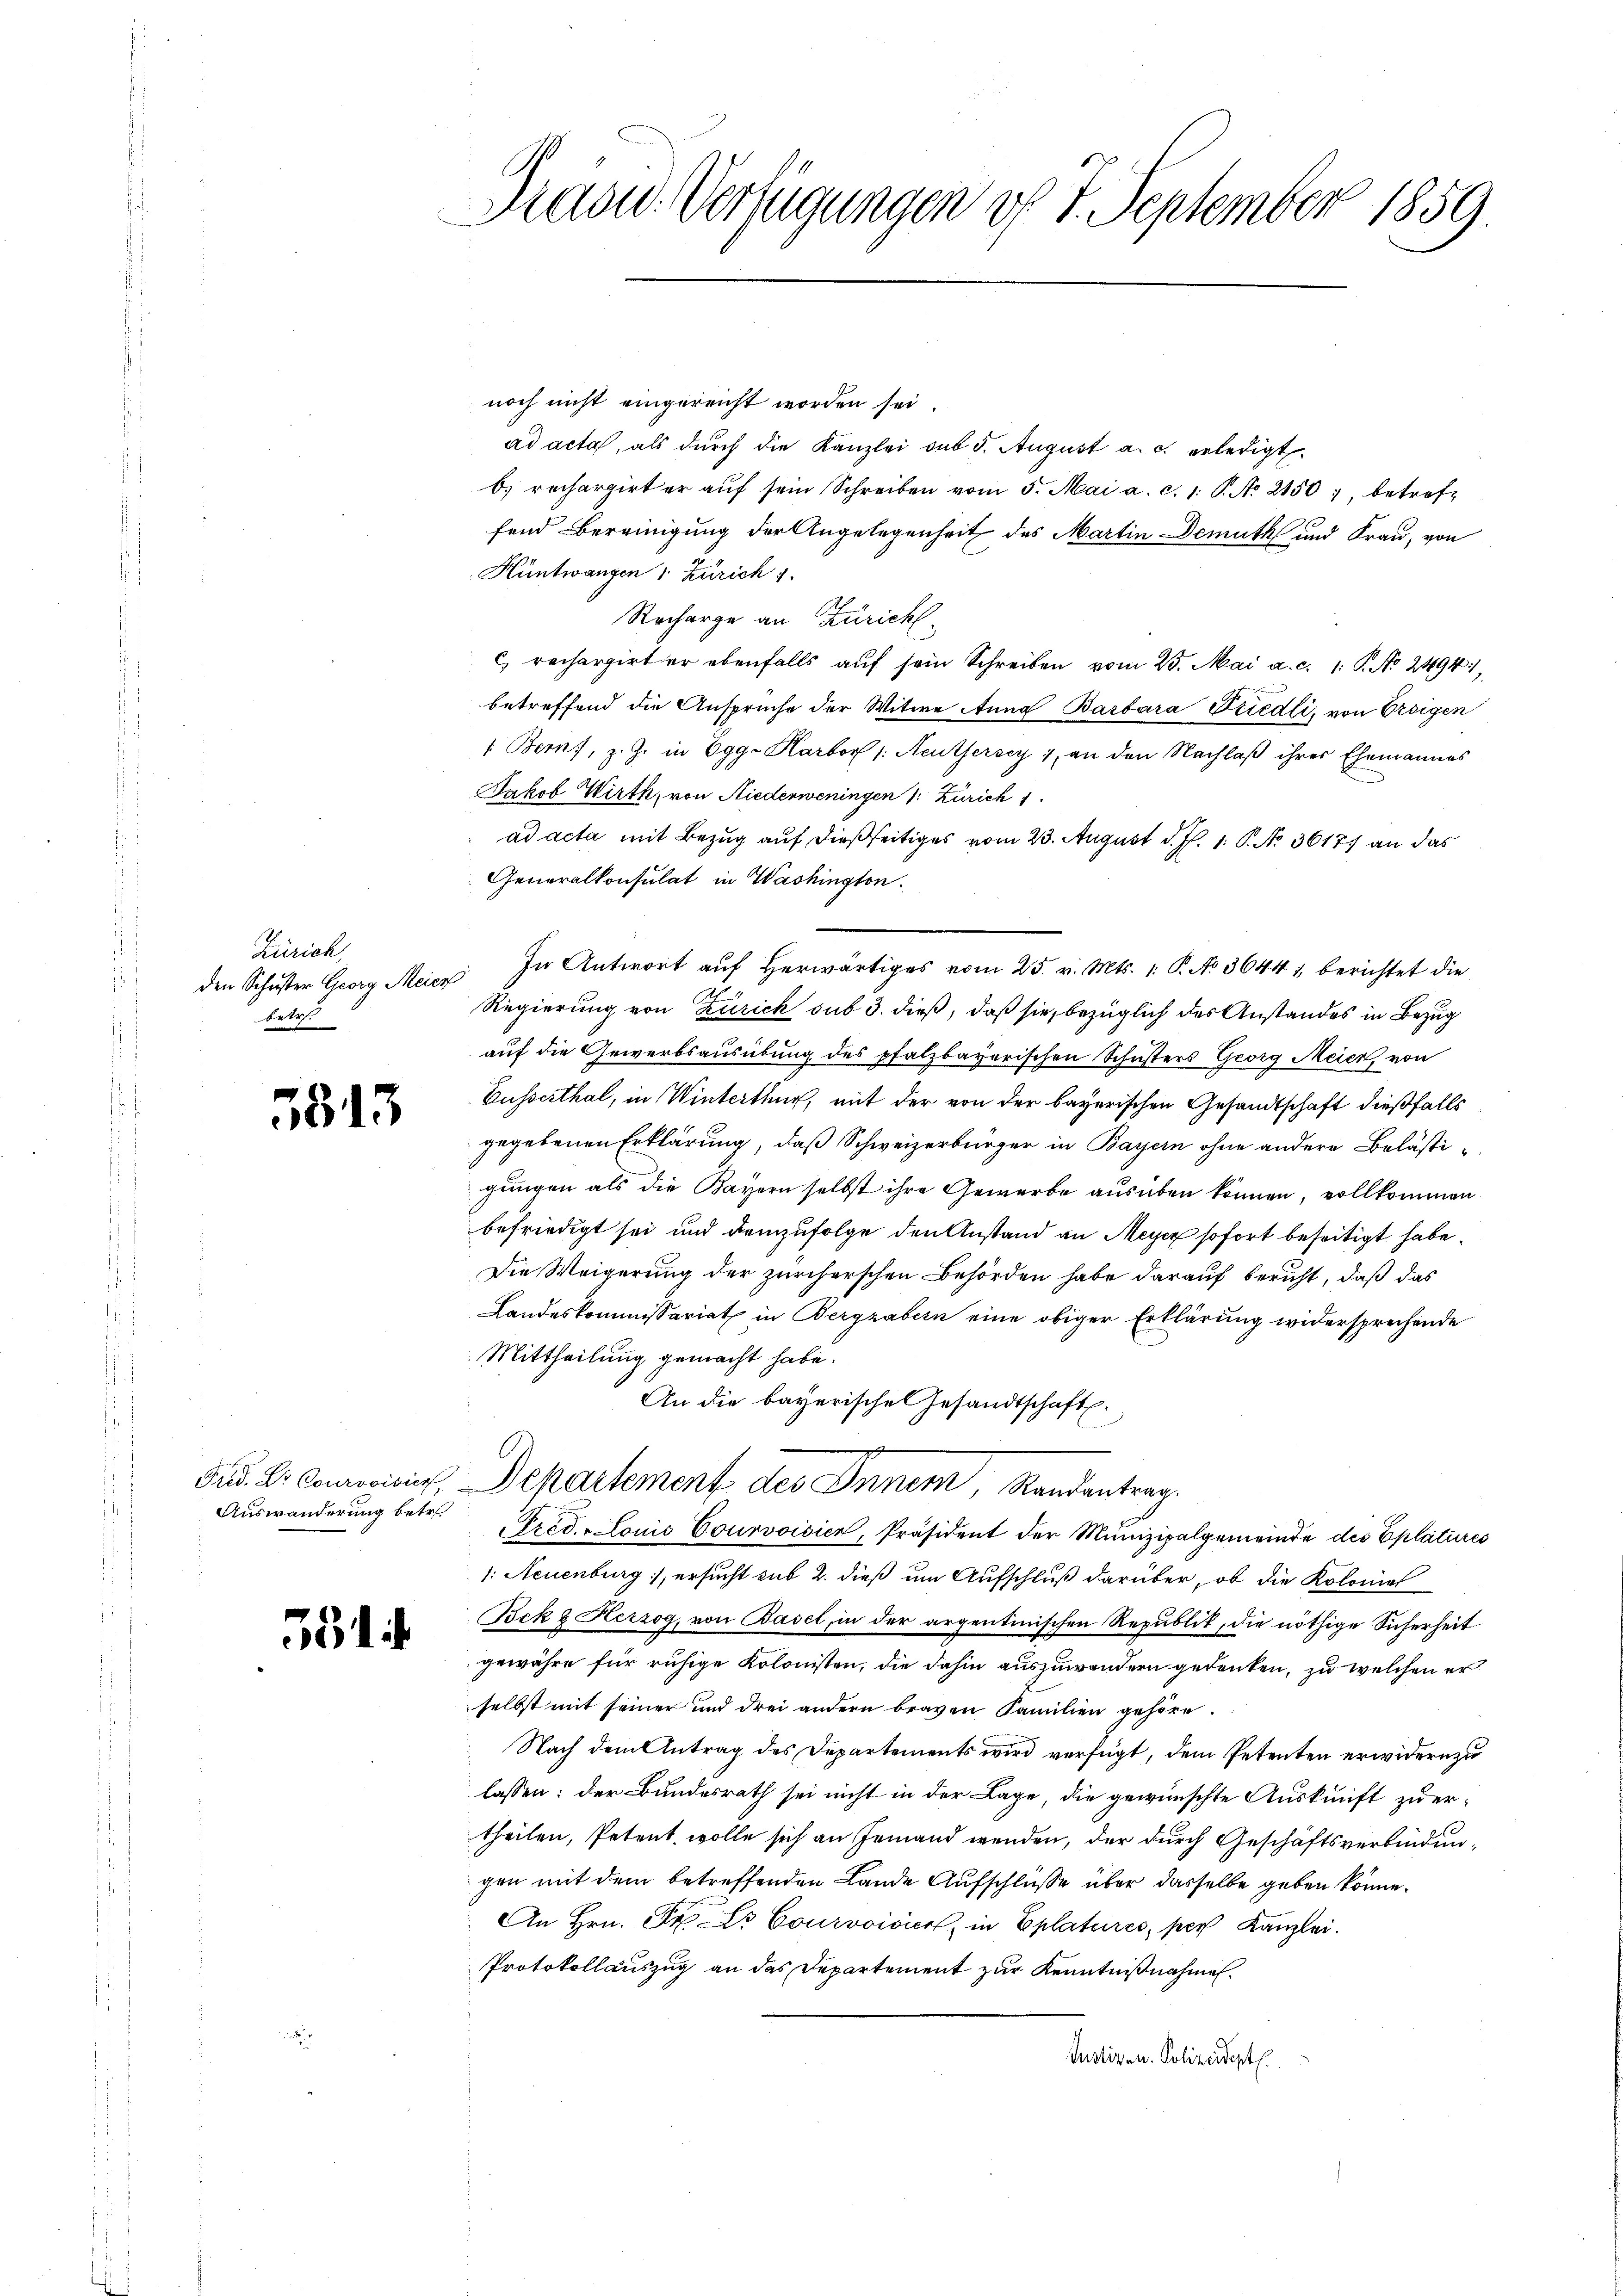
Zürich,
den Schuster Georg Meier
betr

3513

Auswanderung betr.

35

Brasid. Verfügungen d. 7. September 1859.

noch nicht eingereicht worden sei.
ad acta, als durch die Kanzlei sub 5. August a. c. erledigt
b. rechargirter aŭf sein Schreiben vom 5. Mai a. c. 1. P. No 2150, betreffend Bereinigung der Angelegenheit des Martin Demuth und Frau, von
Hüntwangen 1. Zürich 1.
Recharge an Zürichc. rechargirter ebenfalls auf sein Schreiben vom 23. Mai a. c. 1: P. No. 24941,
betreffend die Anspruche der Witwe Anna Barbara Friedli, von Ersigen
1. Berns, z. Z. in Egg-Harborf /: Neuthersey, an den Nachlaβ ihres Ehemannes
Jakob Wirth, von Niederweningen 1: Zürich 1
ad acta mit Bezug auf dießseitiges vom 23. August d. J. 1. P. No. 3617. an das
Generalkonsulat in Washington
In Antwort auf herwärtiges vom 25. v. Mts. 1. P. No. 36441, berichtet die
Regierung von Zürich sub 3. dieß, daß sie, bezüglich des Anstandes in Bezug
auf die Gewerbsausübung des pfalzbayerischen Schusters Georg Meier, von
Eusserthal, in Winterthur, mit der von der bayerischen Gesandtschaft dießfalls
gegebenen Erklärung, daß Schweizerbürger in Bayern ohne andere Belästigungen als die Bayern selbst ihre Gewerbe ausüben können, vollkommen
befriedigt sei und demzufolge den Anstand an Meyer sofort beseitigt habe.
Die Weigerung der zürcherschen Behörden habe darauf bericht, daß das
Landeskommissariat in Bergrabern eine obiger Erklärung widersprechende
Mittheilung gemacht habe.
An die bayerischen Gesandtschaft.
Frd. Dr. Conreinig, Departement des Innem Randantrag.
Fred. Louis Courvoisier, Präsident der Munizipalgemeinde des Eplatures
1: Neuenburg, ersucht sub 2. dieß um Aufschluß darüber, ob die Koloniel
Bock & Herzog, von Basel, in der argentinischen Republik, die nöthige Sicherheit
gewähre für ruhige Kolonisten, die dahin auszuwandern gedenken, zu welchen er
selbst mit seiner und drei andern braven Familien gehöre.
Nach dem Antrag des Departements wird verfügt, dem Petenten erwidern zu
lassen: der Bundesrath sei nicht in der Lage die gewünschte Auskunft zu er-
theilen, Petent wolle sich an Jemand wenden, der durch Geschäftsverbindungen mit dem betreffenden Lande Aufschlüße über dasselbe geben könne.
An Hrn. F. L. Courvoisier, in Eplatures, per Kanzlei.
Protokollauszug an das Departement zur Kenntnißnahmen.
Justizen. Polizeidept